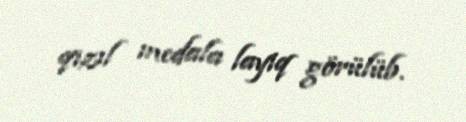
qızıl medala layiq görülüb.